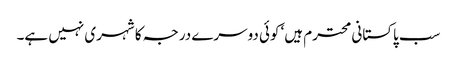
سب پاکستانی محترم ہیں‘ کوئی دوسرے درجہ کا شہری نہیں ہے۔